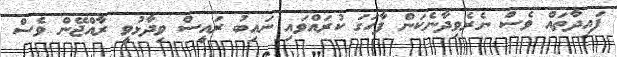
ފައިދާތައް ވެސް ނެރެވިދާނެކަން ފާހަގަ ކުރައްވައި ނައިބު ރައީސް ވިދާޅުވީ ރާއްޖޭން ވެސް